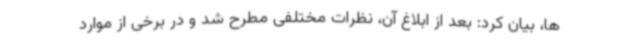
ها، بیان کرد: بعد از ابلاغ آن، نظرات مختلفی مطرح شد و در برخی از موارد